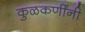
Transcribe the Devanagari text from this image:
कुळकर्णींनी